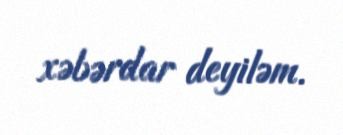
xəbərdar deyiləm.